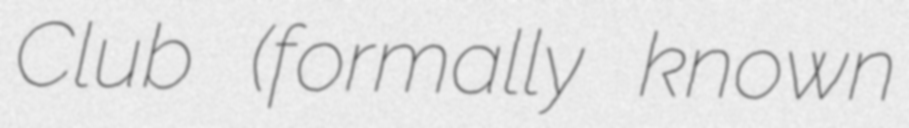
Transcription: Club (formally known